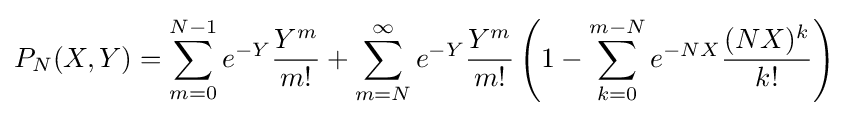
P_{N}(X,Y)=\sum _{m=0}^{N-1}e^{-Y}{\frac {Y^{m}}{m!}}+\sum _{m=N}^{\infty }e^{-Y}{\frac {Y^{m}}{m!}}\left(1-\sum _{k=0}^{m-N}e^{-NX}{\frac {(NX)^{k}}{k!}}\right)